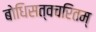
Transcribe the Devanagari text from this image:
बोधिसत्वचरितम्